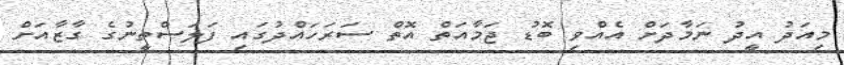
މިއަދު އީދު ނަމާދަށް އެއްވި ބޮޑު ޖަމާއަތް އޮތް ސަރަހައްދުގައި ފަލަސްތީނުގެ ގާޒާއަށް